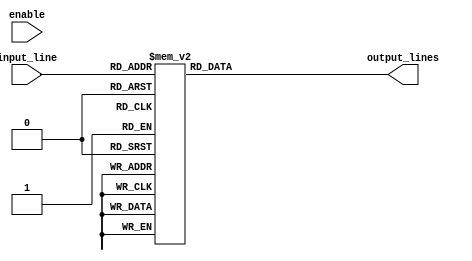
module demux_1to16 (
    input wire [3:0] input_line,
    input wire enable,
    output reg [15:0] output_lines
);

always @ (input_line)
begin
    case(input_line)
        4'b0001: output_lines = 16'b0000000000000001;
        4'b0010: output_lines = 16'b0000000000000010;
        4'b0011: output_lines = 16'b0000000000000100;
        4'b0100: output_lines = 16'b0000000000001000;
        4'b0101: output_lines = 16'b0000000000010000;
        4'b0110: output_lines = 16'b0000000000100000;
        4'b0111: output_lines = 16'b0000000001000000;
        4'b1000: output_lines = 16'b0000000010000000;
        4'b1001: output_lines = 16'b0000000100000000;
        4'b1010: output_lines = 16'b0000001000000000;
        4'b1011: output_lines = 16'b0000010000000000;
        4'b1100: output_lines = 16'b0000100000000000;
        4'b1101: output_lines = 16'b0001000000000000;
        4'b1110: output_lines = 16'b0010000000000000;
        4'b1111: output_lines = 16'b0100000000000000;
        default: output_lines = 16'b0000000000000000;
    endcase
end

endmodule